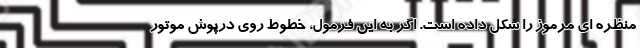
منظره ای مرموز را شکل داده است. اگر به این فرمول، خطوط روی درپوش موتور